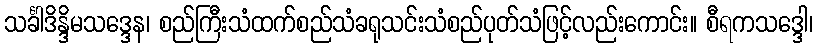
သင်္ခါဒိန္ဒိမသဒ္ဒေန၊ စည်ကြီးသံထက်စည်သံခရုသင်းသံစည်ပုတ်သံဖြင့်လည်းကောင်း။ စီရကသဒ္ဒေါ၊